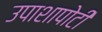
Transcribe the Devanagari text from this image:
उपाशापोटी